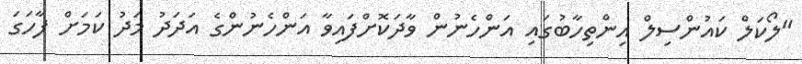
"ލޯކަލް ކައުންސިލް އިންތިހާބުގައި އަންހެނުން ވާދަކޮށްފައިވާ އަންހެނުންގެ އަދަދު މަދު ކަމަށް ފާހަގަ